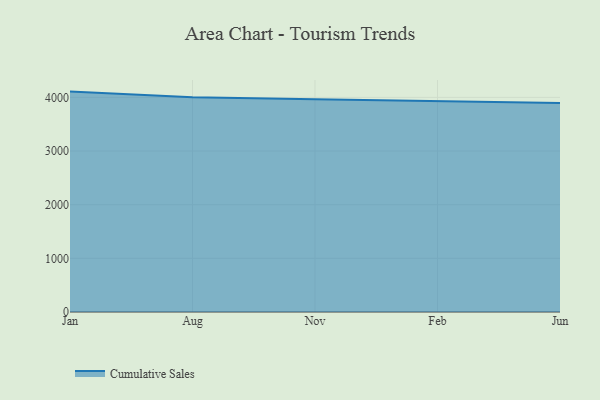
{"axis": {"x": "Month", "y": "Revenue (USD Million)"}, "legend": ["Cumulative Sales"], "data": [{"x": "Jan", "y": 4107.3, "type": "Cumulative Sales"}, {"x": "Aug", "y": 4001.6, "type": "Cumulative Sales"}, {"x": "Nov", "y": 3966.7, "type": "Cumulative Sales"}, {"x": "Feb", "y": 3928.9, "type": "Cumulative Sales"}, {"x": "Jun", "y": 3893.4, "type": "Cumulative Sales"}]}